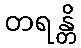
တရန္တိ